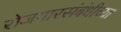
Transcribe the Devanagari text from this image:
रोजगारसंबंधीच्या